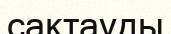
сактауды